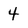
Character: 4